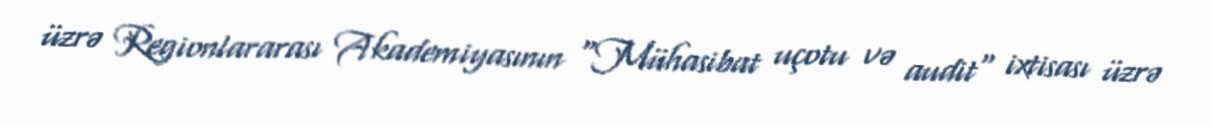
üzrə Regionlararası Akademiyasının "Mühasibat uçotu və audit" ixtisası üzrə